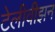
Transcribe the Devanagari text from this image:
टेलीवीझन